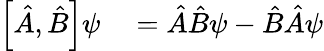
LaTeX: \begin{array}{rl}{\left[{\hat{A}},{\hat{B}}\right]\psi}&{{}={\hat{A}}{\hat{B}}\psi-{\hat{B}}{\hat{A}}\psi}\end{array}